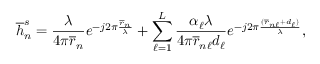
{ \overline { { h } } _ { n } ^ { s } } = \frac { \lambda } { 4 \pi \overline { { r } } _ { n } } e ^ { - j 2 \pi \frac { \overline { { r } } _ { n } } { \lambda } } + \sum _ { \ell = 1 } ^ { L } \frac { \alpha _ { \ell } \lambda } { 4 \pi \overline { { r } } _ { n \ell } d _ { \ell } } e ^ { - j 2 \pi \frac { ( \overline { { r } } _ { n \ell } + d _ { \ell } ) } { \lambda } } ,